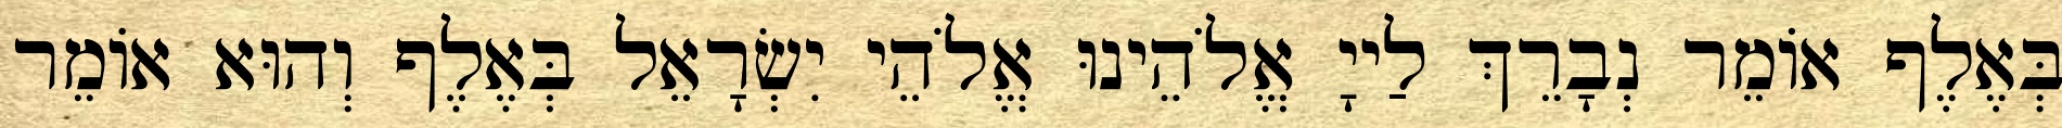
בְּאֶלֶף אוֹמֵר נְבָרֵךְ לַייָ אֱלֹהֵינוּ אֱלֹהֵי יִשְׂרָאֵל בְּאֶלֶף וְהוּא אוֹמֵר